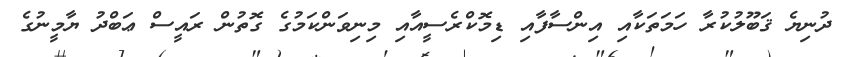
ދުނިޔެ ޤަބޫލުކުރާ ހަމަތަކާއި އިންސާފާއި ޑިމޮކްރެސީއާއި މިނިވަންކަމުގެ ގޮތުން ރައީސް ޢަބްދު ޔާމީނުގެ